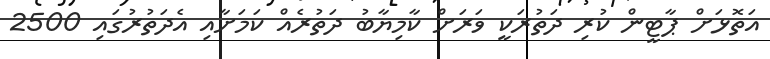
އަތޮޅަށް ޕާޓީން ކުރި ދަތުރަކީ ވަރަށް ކާމިޔާބު ދަތުރެއް ކަމަށާއި އެދަތުރުގައި 2500